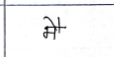
मजकूर: मै